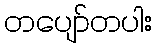
တပျော်တပါး